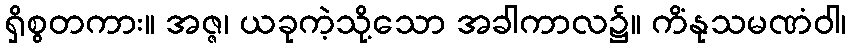
ရှိစွတကား။ အဇ္ဇ၊ ယခုကဲ့သို့သော အခါကာလ၌။ ကိံနုသမဏံဝါ၊